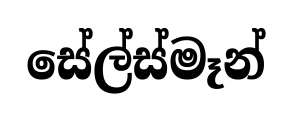
සේල්ස්මෑන්